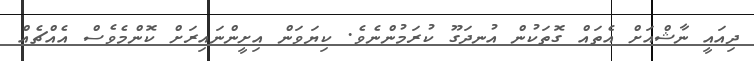
ދިއައީ ނާޝްއަށް އެތައް ގޮތަކުން އުނދަގޫ ކުރަމުންނެވެ. ކިޔަވަން އިށީންނައިރަށް ކޮންމެވެސް އެއްޗެއް